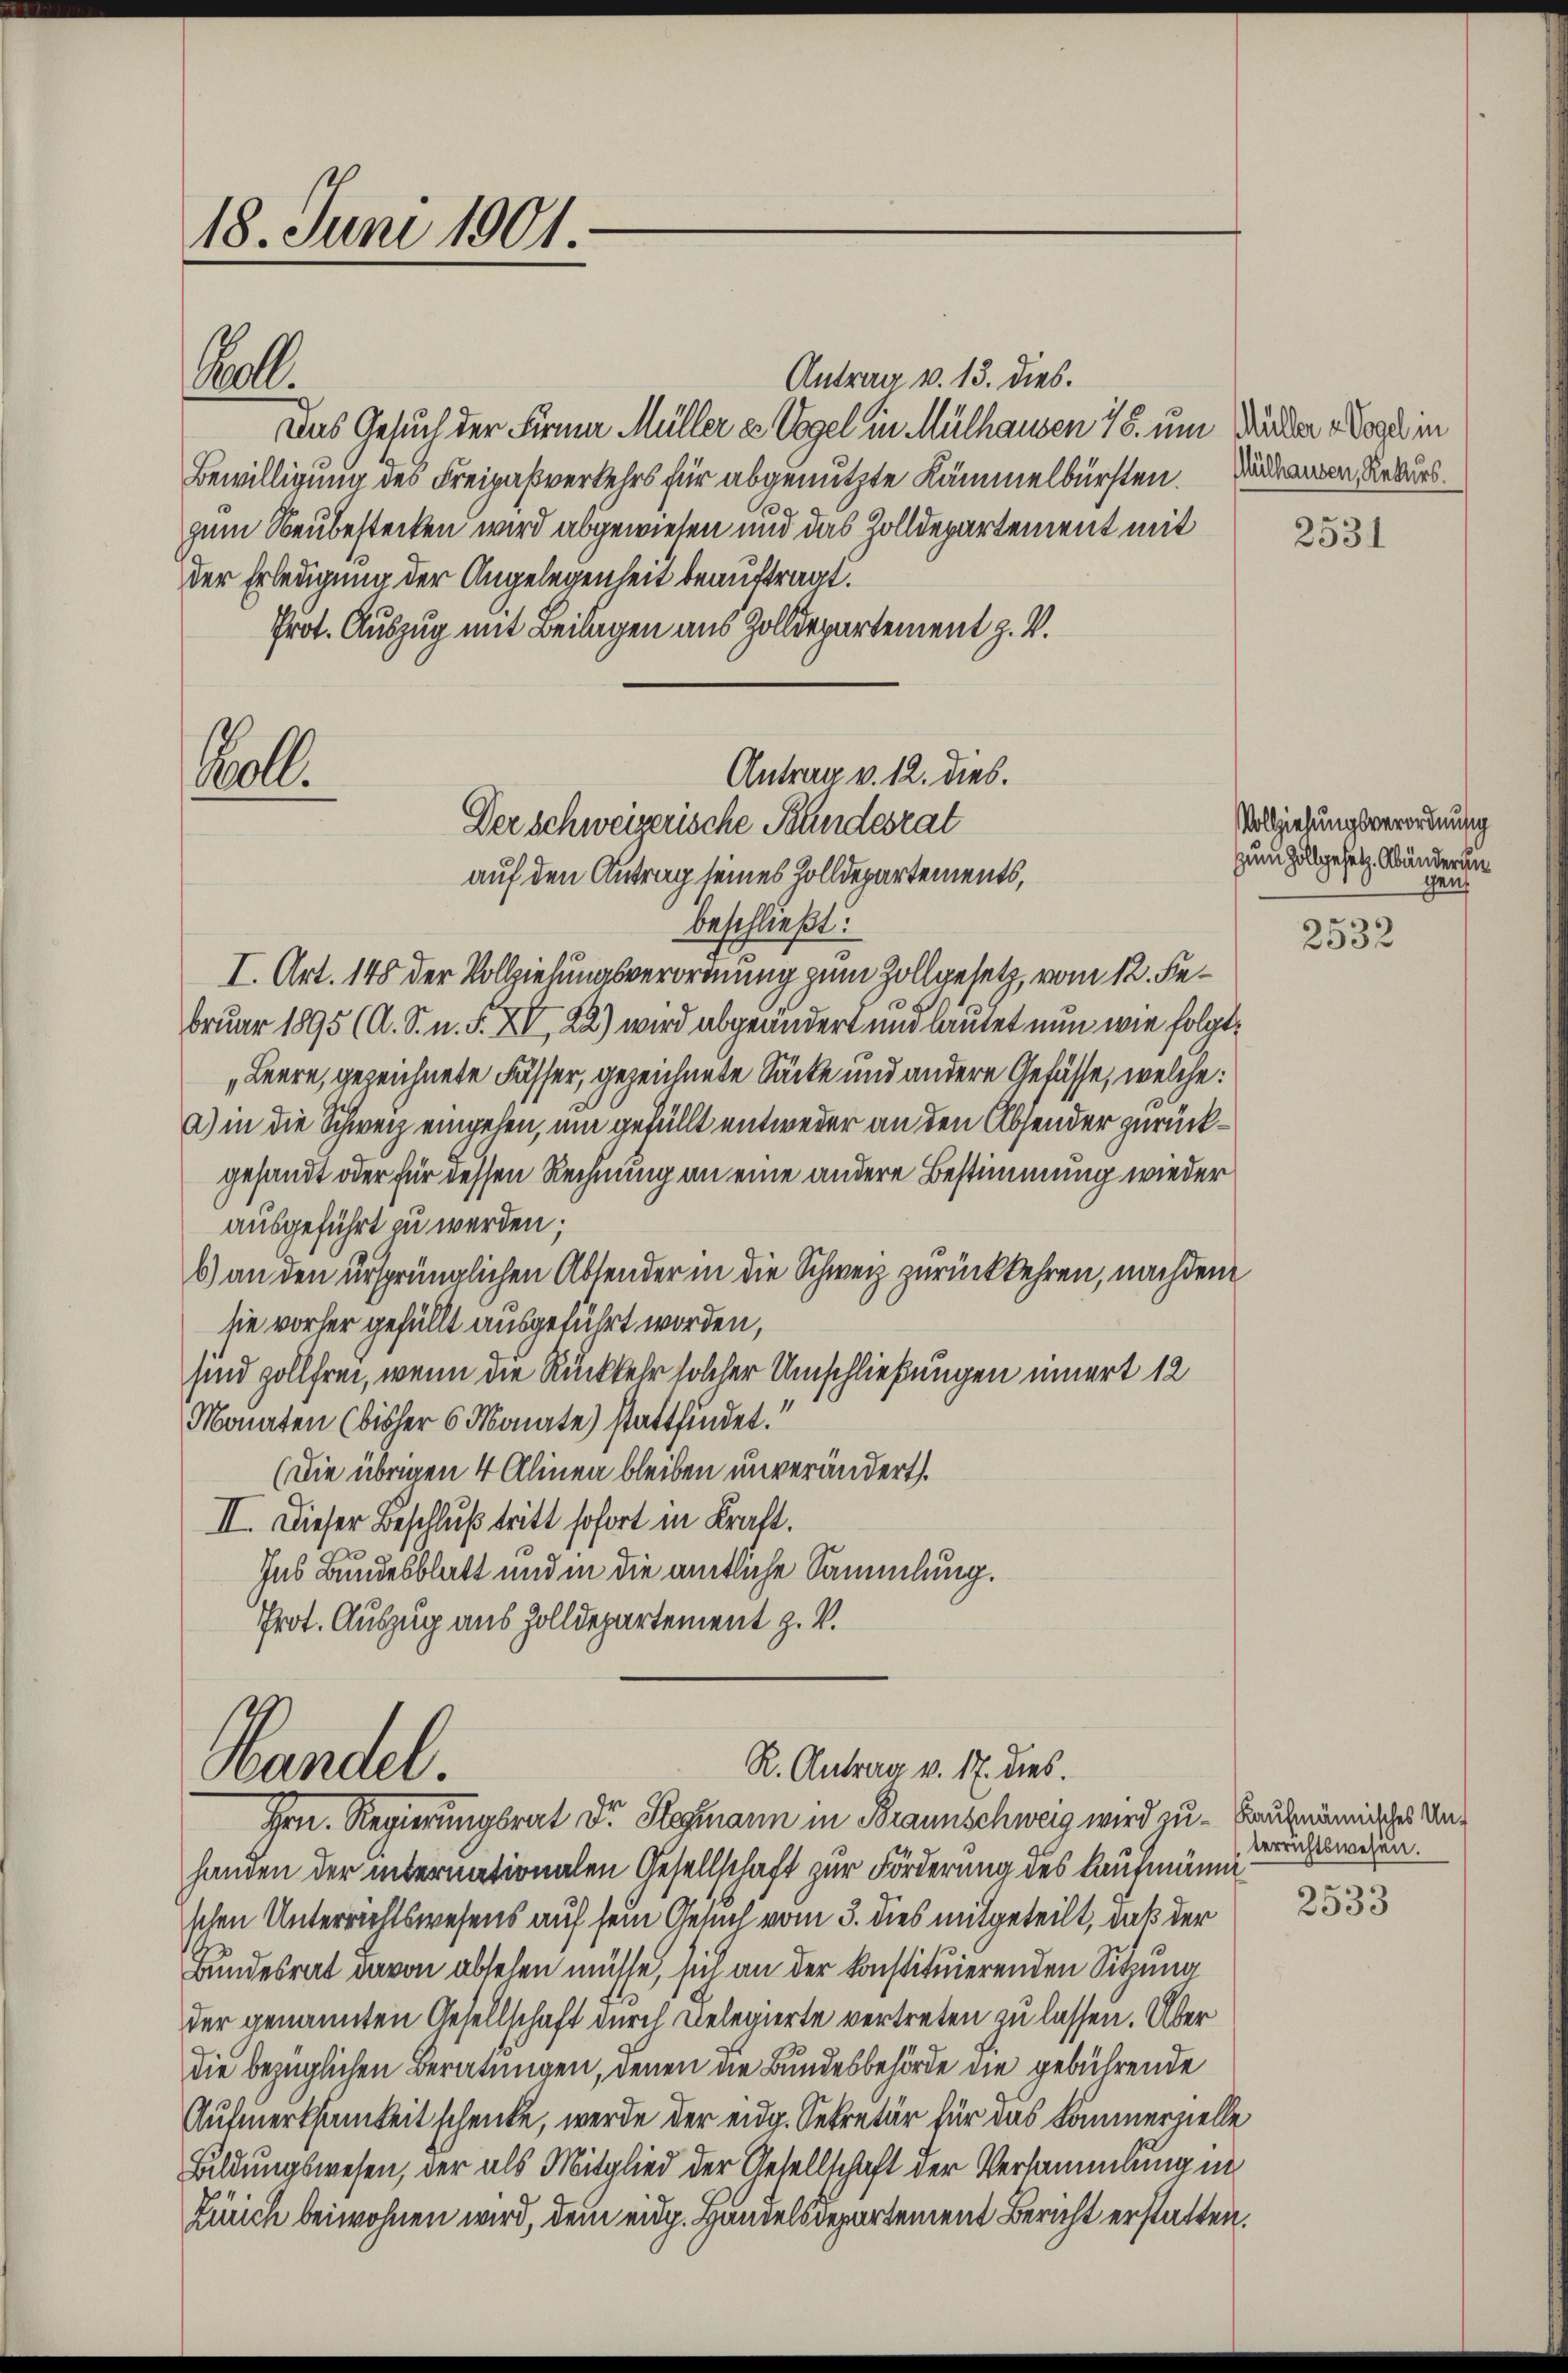
18. Juni 1901

Antrag v. 13. dies.
Das Gesuch der Firma Müller u Vogel in Mülhausen 18. um Bäcker Nagel in
Bewilligung des Freipaßverkehrs für abgenutzte Kämmelbürften. Die Rekurs.
g
zum Neubestecken wird abgewiesen und das Zolldepartement mit
der Erledigung der Angelegenheit beauftragt.
Prot. Auszug mit Beilagen aus Zolldepartement z. V.
auf den Antrag seines Holldepartements,
beschließt:
I. Art. 145 der Vollziehungsverordnung zum Zollgesetz, vom 12. Februar 1895 (A. S. n. F. XV, 22) wird abgeändert und lautet nun wie folgt¬
„Leere, gezeichnete Fasser, gezeichnete Säcke und andere Gefässe, welche
a) in die Schweiz eingehen, um gefüllt entweder an den Absender zurückgesandt oder für dessen Rechnung an eine andere Bestimmung wieder
ausgeführt zu werden;
6) an den ursprünglichen Absender in die Schweiz zurückkehren, nachdem
sie vorher gefüllt ausgeführt worden,
sind zollfrei, wenn die Rückkehr solcher Umschließungen innert 12
Monaten (bisher 6 Monate) stattfindet.“
(Die übrigen 4 Alinen bleiben unverändert.
II. Dieser Beschluß tritt sofort in Kraft.
Jus Bundesblatt und in die amtliche Sammlung.
Prot. Auszug aus Zolldepartement z. V.
R. Antrag v. 17. dies.
Handel.
Hrn. Regierungsrat Dr. Stegmann in Braunschweiz wird zu - Kaufmännisches Unhanden der internationalen Gesellschaft zur Förderung des Kaufmänn
schen Unterrichtswesens auf sein Gesuch vom 3. dies mitgeteilt, daß der
Bundesrat davon absehen müsse, sich an der konstituierenden Sitzung
der genannten Gesellschaft durch Belegierte vertreten zu lassen. Über
die bezüglichen Beratungen, denen die Bundesbehörde die gebührende
Aufmerksamkeit schenke, werde der eidg. Sekretär für das kommerzielle
Bildungswesen, der als Mitglied der Gesellschaft der Versammlung in
Zürich beiwohnen wird, dem eidg. Handelsdepartement Bericht erstatten.

Ball

1.

Antrag v. 12. dies.
Der Schweizerische Blindesrat

2531

Vollziehungsverordnung
Zum Zollgesetz. Abänderen
gen

2532

terrichtswesen.

2533